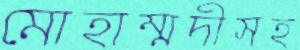
মোহাম্মদীসহ